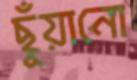
ছুঁয়ানো